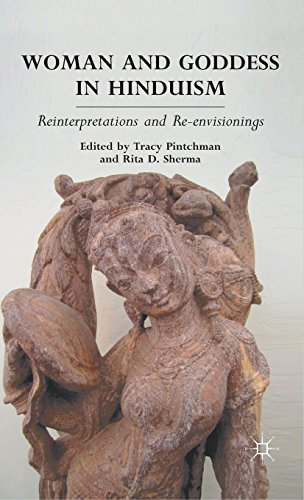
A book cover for Woman and Goddess in Hinduism: Reinterpretations and Re-envisionings; Tracy Pintchman; Religion & Spirituality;